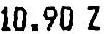
10.90 Z